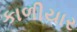
કાળીયાર